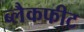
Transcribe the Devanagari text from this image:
ब्लैकफीट